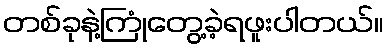
တစ်ခုနဲ့ကြုံတွေ့ခဲ့ရဖူးပါတယ်။